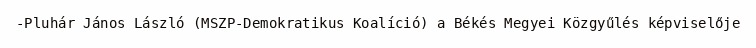
-Pluhár János László (MSZP-Demokratikus Koalíció) a Békés Megyei Közgyűlés képviselője